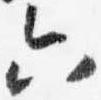
六